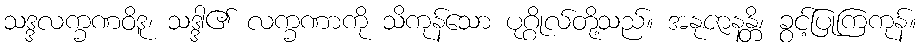
သဒ္ဒလက္ခဏဝိဒူ၊ သဒ္ဒါ၏ လက္ခဏာကို သိကုန်သော ပုဂ္ဂိုလ်တို့သည်။ အနုဇာနန္တိ၊ ခွင့်ပြုကြကုန်။